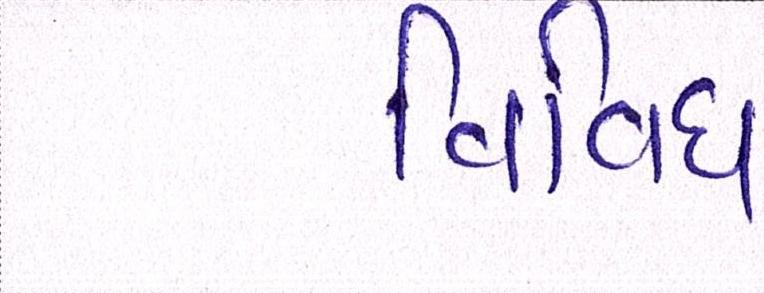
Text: વિવિધ